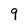
Character: 9